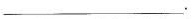
___.